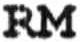
RM